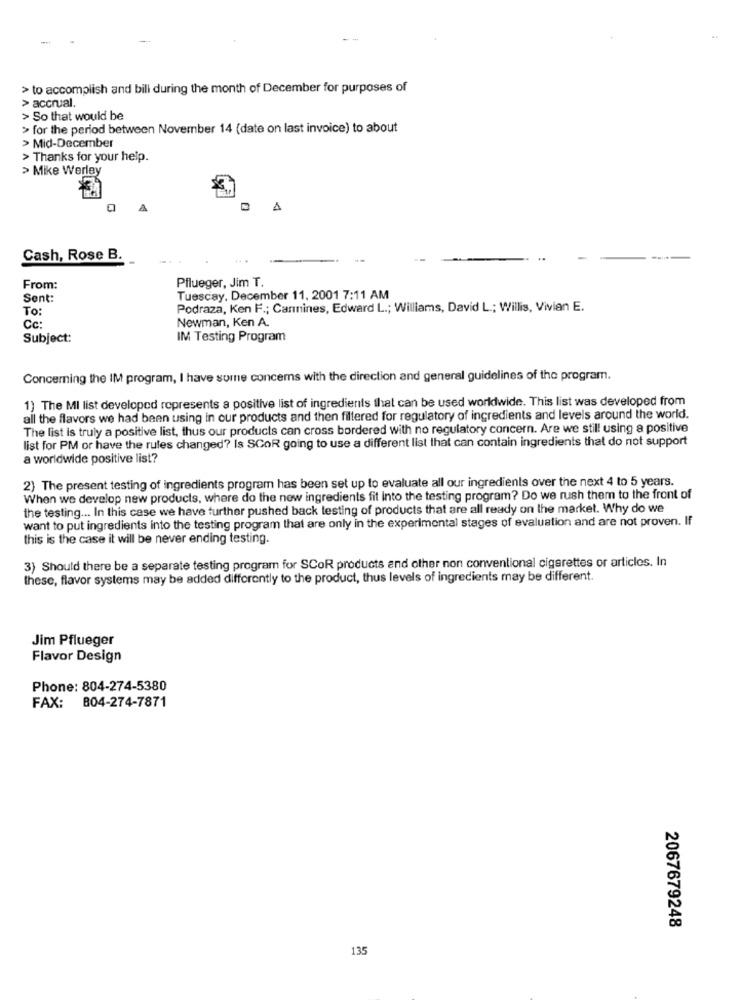
> to accomplish and bill during the month of December for purposes of
> accrual.
> So that would be
> for the period between November 14 (date on last invoice) to about
> Mid-December
> Thanks for your help.
> Mike Werley
Cash, Rose B.
Pflueger, Jim T.
From:
Sent:
Tuescay. December 11, 2001 7:11 AM
To:
Podraza, Ken F .; Carmines, Edward L .; Williams, David L .; Willis, Vivian E.
Newman, Ken A.
Cc:
Subject:
IM Testing Program
Concerning the IM program, I have some concerns with the direction and general guidelines of the program.
1) The MI list developed represents a positive list of ingredients that can be used worldwide. This list was developed from
all the flavors we had been using in our products and then filtered for regulatory of ingredients and levels around the world.
The list is truly a positive list, thus our products can cross bordered with no regulatory concern. Are we still using a positive
list for PM or have the rules changed? Is SCOR going to use a different list that can contain ingredients that do not support
a worldwide positive list?
2) The present testing of ingredients program has been set up to evaluate all our ingredients over the next 4 to 5 years.
When we develop new products, where do the now ingredients fit Into the testing program? Do we rush them to the front of
the testing ... In this case we have further pushed back testing of products that are all ready on the market. Why do we
want to put ingredients into the testing program that are only in the experimental stages of evaluation and are not proven. If
this is the case it will be never ending testing.
3) Should there be a separate testing program for SCoR products and other non conventional cigarettes or articles. In
these, flavor systems may be added differently to the product, thus levels of ingredients may be different.
Jim Pflueger
Flavor Design
Phone: 804-274-5380
FAX: 804-274-7871
2067679248
135